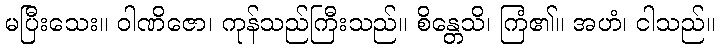
မပြီးသေး။ ဝါဏိဇော၊ ကုန်သည်ကြီးသည်။ စိန္တေသိ၊ ကြံ၏။ အဟံ၊ ငါသည်။